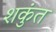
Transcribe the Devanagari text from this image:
शकुंत